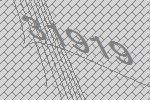
31919